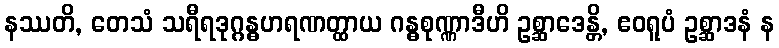
နဿတိ, တေသံ သရီရဒုဂ္ဂန္ဓဟရဏတ္ထာယ ဂန္ဓစုဏ္ဏာဒီဟိ ဥစ္ဆာဒေန္တိ, ဧဝရူပံ ဥစ္ဆာဒနံ န